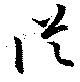
従